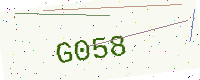
Text: G058